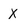
Character: X